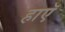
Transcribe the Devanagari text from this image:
हाएॅ